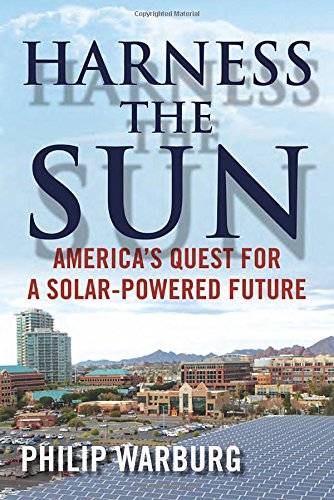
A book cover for Harness the Sun: America's Quest for a Solar-Powered Future; Philip Warburg; Engineering & Transportation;